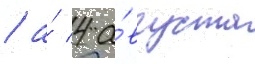
/ а́ 4 а́вгуста